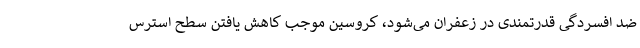
ضد افسردگی قدرتمندی در زعفران می‌شود، کروسین موجب کاهش یافتن سطح استرس